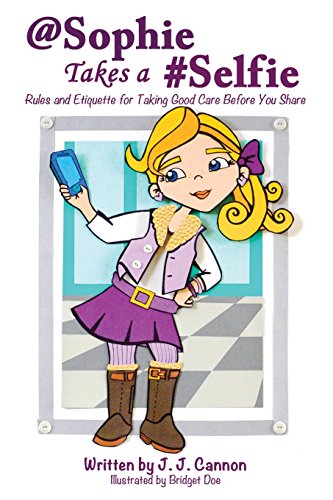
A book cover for @Sophie Takes a #Selfie - Rules & Etiquette for Taking Good Care Before You Share; J. J. Cannon; Teen & Young Adult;